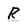
Character: R